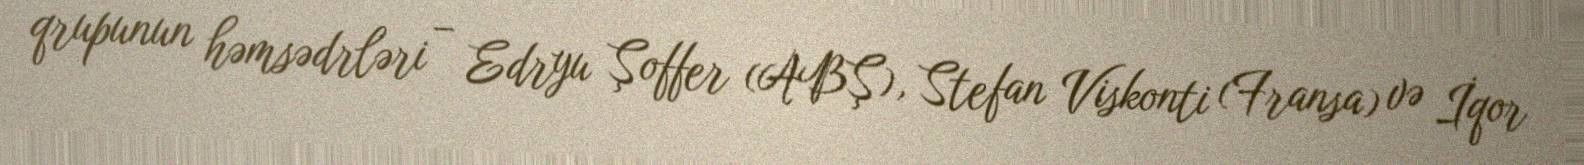
qrupunun həmsədrləri – Edryu Şoffer (ABŞ), Stefan Viskonti (Fransa) və İqor